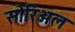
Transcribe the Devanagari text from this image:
सोरिअल